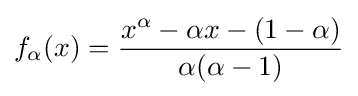
f_{\alpha }(x)={\frac {x^{\alpha }-\alpha x-(1-\alpha )}{\alpha (\alpha -1)}}